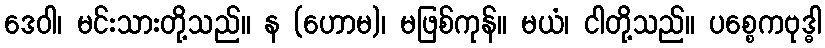
ဒေဝါ၊ မင်းသားတို့သည်။ န (ဟောမ)၊ မဖြစ်ကုန်။ မယံ၊ ငါတို့သည်။ ပစ္စေကဗုဒ္ဓါ